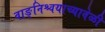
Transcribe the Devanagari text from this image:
वाङ्‌निश्चयाच्यावेळी